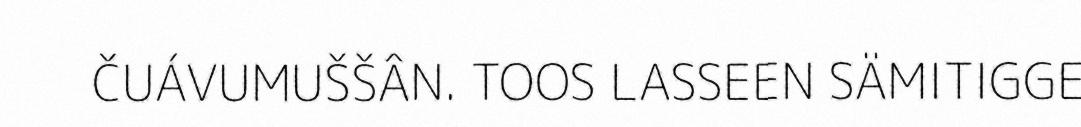
ČUÁVUMUŠŠÂN. TOOS LASSEEN SÄMITIGGE